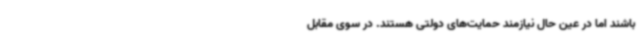
باشند اما در عین حال نیازمند حمایت‌های دولتی هستند. در سوی مقابل